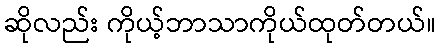
ဆိုလည်း ကိုယ့်ဘာသာကိုယ်ထုတ်တယ်။